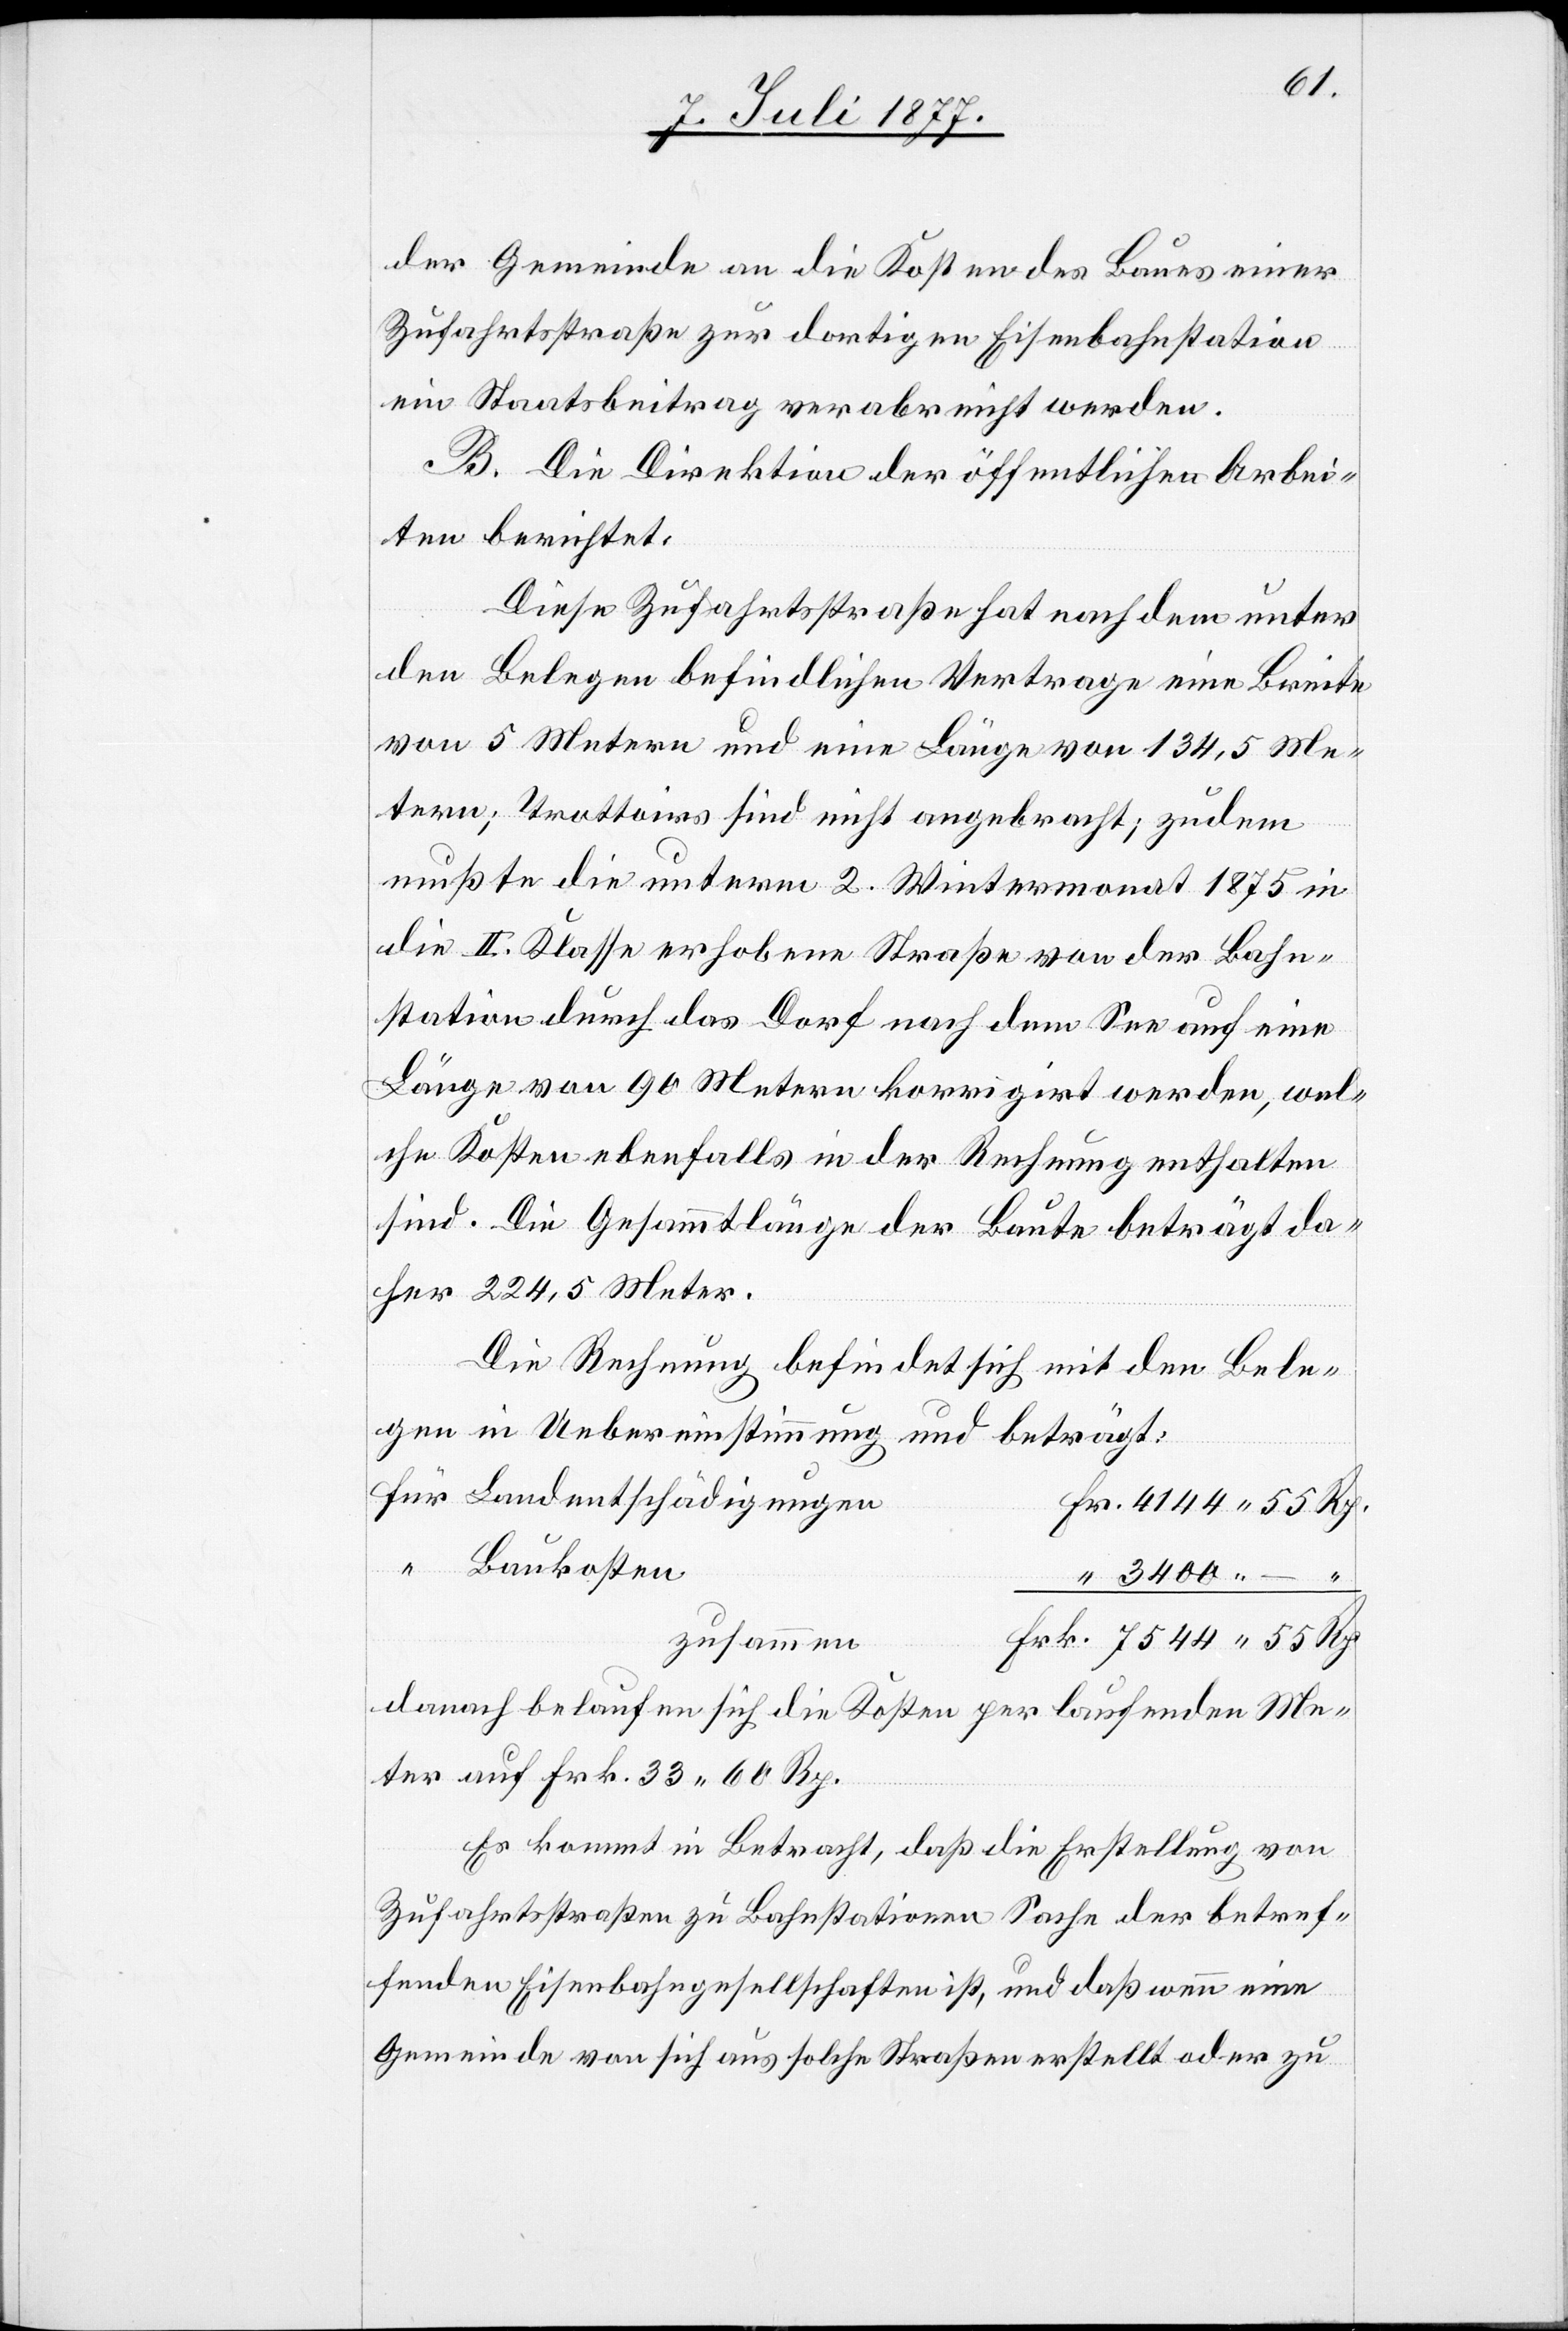
–
der Gemeinde an die Kosten des Baues einer
Zufahrtsstraße zur dortigen Eisenbahnstation
ein Staatsbeitrag verabreicht werden.
B. Die Direktion der öffentlichen Arbei¬
ten berichtet:
Diese Zufahrtsstraße hat nach dem unter
den Belegen befindlichen Vertrage eine Breite
von 5 Metern und eine Länge von 134,5 Me¬
tern; Trottoirs sind nicht angebracht; zudem
mußte die unterm 2. Wintermonat 1875 in
die II. Klasse erhobene Straße von der Bahn¬
station durch das Dorf nach dem See auf eine
Länge von 90 Metern korrigirt werden, wel¬
che Kosten ebenfalls in der Rechnung enthalten
sind. Die Gesammtlänge der Baute beträgt da¬
her 224,5 Meter.
Die Rechnung befindet sich mit den Bele¬
gen in Uebereinstimmung und beträgt:
für Landentschädigungen
Fr. 4144 55 Rp.
“ Baukosten
zusammen
Frk. 7544 55 Rp.
danach belaufen sich die Kosten per laufenden Me¬
ter auf Frk. 33 60 Rp.
Es kommt in Betracht, daß die Erstellung von
Zufahrtsstraßen zu Bahnstationen Sache der betref¬
fenden Eisenbahngesellschaften ist, und daß wenn eine
Gemeinde von sich aus solche Straßen erstellt oder zu